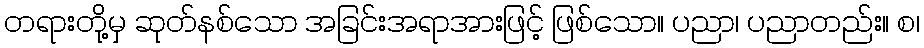
တရားတို့မှ ဆုတ်နစ်သော အခြင်းအရာအားဖြင့် ဖြစ်သော။ ပညာ၊ ပညာတည်း။ စ၊